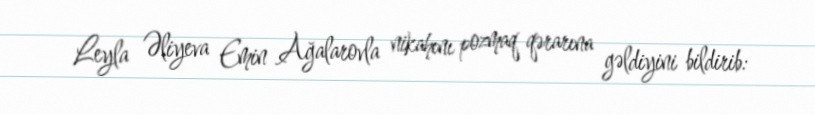
Leyla Əliyeva Emin Ağalarovla nikahını pozmaq qərarına gəldiyini bildirib: